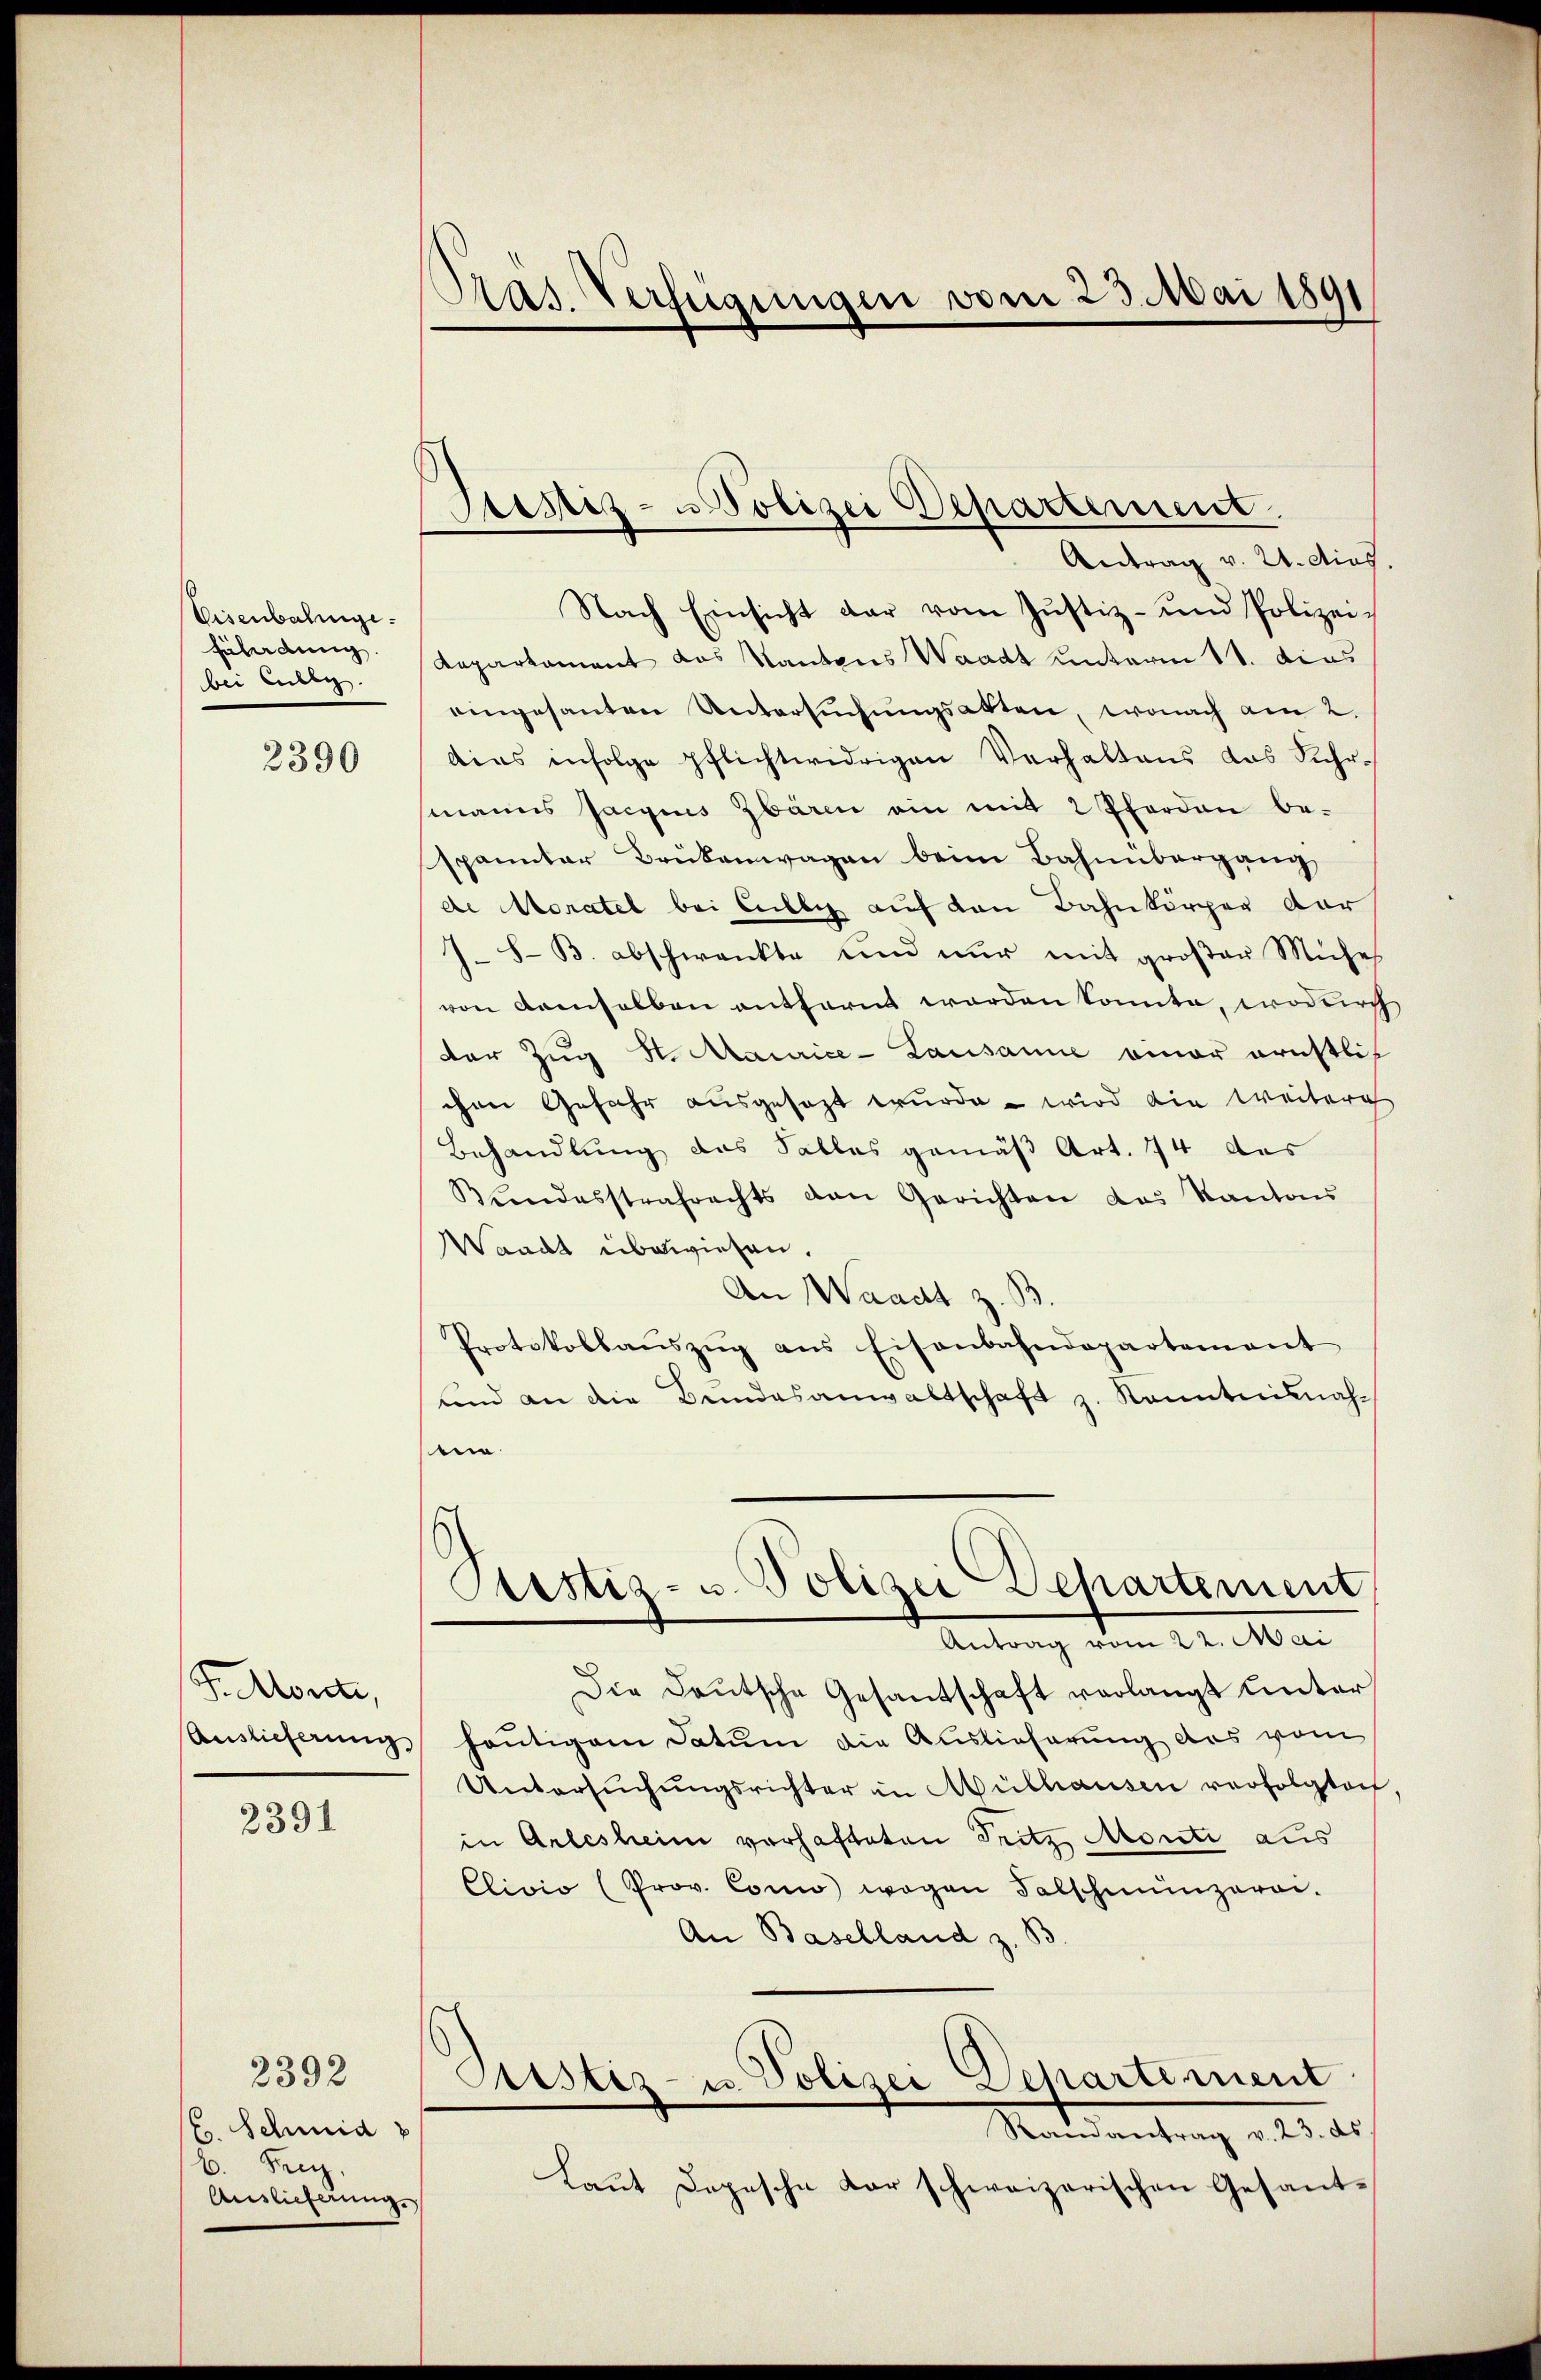
Visenbahnge
Füladung.
bei Leiben.

2390

F. Morite,

2391

E. Schmid v
B. Frey.
Auslieferung.

2392

Pras. Verfügungen vom 23. Mai 1891

Siestez- Polizei Departement.
Antrag v. 21. dies

Nach Einsicht dar vom Justiz- und Polizei-
Repartament das Kantons Waadt unterm 11. dies
eingesanten Untersŭchŭngsakten, wonach am 2.
dies infolge pflichtwidrigen Verhaltens das Suhrmanns facius bare ein mit 2 Pferden be-
spannter Brükenwagen beim Bahnübergang
de Moratel bei Cillig auf den Bahnkörper dar
). S. B. abschwankte und nur mit großer Mühe
von demselben entfernt worden konnte, wodurch
der Zug S. Maurice-Lausanne einer ernstlichen Gefahr ausgesezt wurde – wird die weitere
Behandlung des Falles gemäß Art. 14 des
Bŭndesstrafrechts den Gerichten das Kantons
Waadt überwiesen.
An Waadt z. B
Protokollaŭszŭg ans Eisenbahndepartement
und an die Bundesanwaltschaft z. Kenntnisnahen
Astiz- u. Polizei Departement
Antrag vom 22. Mai
Die Deutsche Gesantschaft verlangt unter
Auslieferung heutigem Datum die Auslieferung des vom
Untersŭchŭngsrichter in Mülhausen verfolgten
in Arlesheim vorhafteten Tritz Monti aus
Clivio (Prov. Conn wegen Falschmünzeroi.
An Baselland z. B
Justiz- u. Polizei Departement
Mandartung als es
Laŭt Depesche Karschweizerischen Gesant-